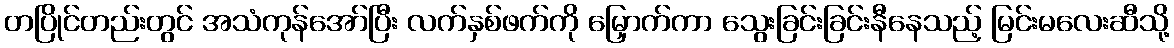
တပြိုင်တည်းတွင် အသံကုန်အော်ပြီး လက်နှစ်ဖက်ကို မြှောက်ကာ သွေးခြင်းခြင်းနီနေသည့် မြင်းမလေးဆီသို့